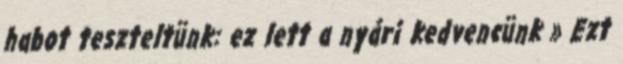
habot teszteltünk: ez lett a nyári kedvencünk » Ezt